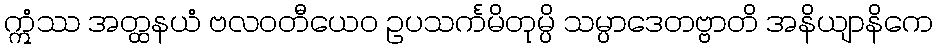
ဣံဿ အတ္ထနယံ ဗလဝတီယေဝ ဥပသင်္ကမိတုမ္ပိ သမ္ပာဒေတဗ္ဗာတိ အနိယျာနိကေ